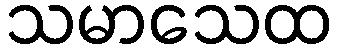
သမာသေထ